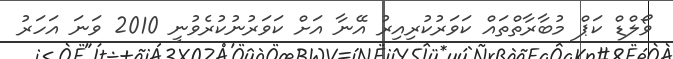
ވޯލްޑް ކަޕް މުބާރާތްތައް ކަވަރުކުރިއިރު އޭނާ އަށް ކަވަރުނުކުރެވުނީ 2010 ވަނަ އަހަރު